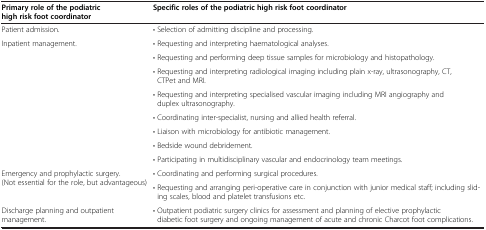
<table><thead><tr><td><b>Primary role of the podiatric high risk foot coordinator</b></td><td><b>Specific roles of the podiatric high risk foot coordinator</b></td></tr></thead><tbody><tr><td>Patient admission.</td><td>• Selection of admitting discipline and processing.</td></tr><tr><td rowspan="8">Inpatient management.</td><td>• Requesting and interpreting haematological analyses.</td></tr><tr><td>• Requesting and performing deep tissue samples for microbiology and histopathology.</td></tr><tr><td>• Requesting and interpreting radiological imaging including plain x-ray, ultrasonography, CT, CTPet and MRI.</td></tr><tr><td>• Requesting and interpreting specialised vascular imaging including MRI angiography and duplex ultrasonography.</td></tr><tr><td>• Coordinating inter-specialist, nursing and allied health referral.</td></tr><tr><td>• Liaison with microbiology for antibiotic management.</td></tr><tr><td>• Bedside wound debridement.</td></tr><tr><td>• Participating in multidisciplinary vascular and endocrinology team meetings.</td></tr><tr><td rowspan="2">Emergency and prophylactic surgery. (Not essential for the role, but advantageous)</td><td>• Coordinating and performing surgical procedures.</td></tr><tr><td>• Requesting and arranging peri-operative care in conjunction with junior medical staff; including sliding scales, blood and platelet transfusions etc.</td></tr><tr><td>Discharge planning and outpatient management.</td><td>• Outpatient podiatric surgery clinics for assessment and planning of elective prophylactic diabetic foot surgery and ongoing management of acute and chronic Charcot foot complications.</td></tr></tbody></table>